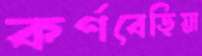
কর্ণবেড়িয়া